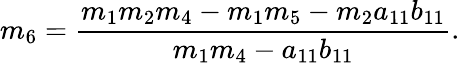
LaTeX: m_{6}=\frac{m_{1}m_{2}m_{4}-m_{1}m_{5}-m_{2}a_{11}b_{11}}{m_{1}m_{4}-a_{11}b_{11}}.